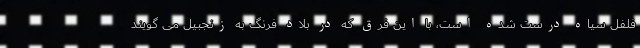
فلفل سیاه درست شده است، با این فرق که در بلاد فرنگ به زنجبیل می گویند